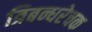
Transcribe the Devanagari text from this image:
त्रिबन्धरेचक